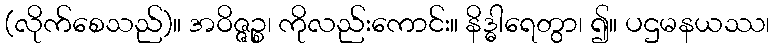
(လိုက်စေသည်)။ အဝိဇ္ဇဉ္စ၊ ကိုလည်းကောင်း။ နိဒ္ဓါရေတွာ၊ ၍။ ပဌမနယဿ၊